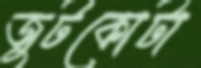
জুটকোটা